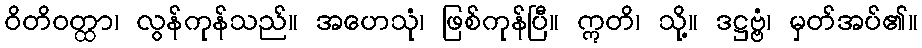
ဝိတိဝတ္ထာ၊ လွန်ကုန်သည်။ အဟေသုံ၊ ဖြစ်ကုန်ပြီ။ ဣတိ၊ သို့။ ဒဋ္ဌဗ္ဗံ၊ မှတ်အပ်၏။